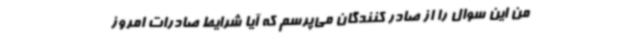
من این سوال را از صادر کنندگان می‌پرسم که آیا شرایط صادرات امروز